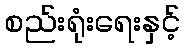
စည်းရုံးရေးနှင့်